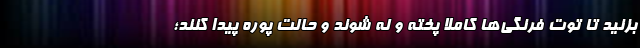
بزنید تا توت فرنگی‌ها کاملا پخته و له شوند و حالت پوره پیدا کنند؛